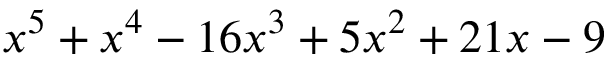
x ^ { 5 } + x ^ { 4 } - 1 6 x ^ { 3 } + 5 x ^ { 2 } + 2 1 x - 9